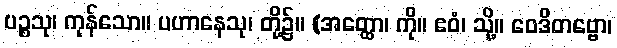
ပဉ္စသု၊ ကုန်သော။ ပဟာနေသု၊ တို့၌။ (အတ္ထော၊ ကို။ ဧဝံ၊ သို့။ ဝေဒိတဗ္ဗော၊